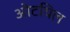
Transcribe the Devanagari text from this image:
ओटयिल